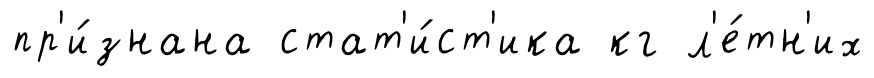
пр'и́знана стат'и́ст'ика кг л'е́тн'их